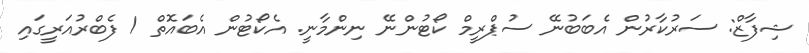
ޝިފާޒް: ސަރުކާރުން އެބަބުނޭ ސުޕްރީމް ކޯޓުންނޭ ނިންމާނީ. އެކޯޓުން އެބައޮތް 1 ފެބްރުއަރީގައި